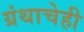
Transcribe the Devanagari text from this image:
ग्रंथाचेही